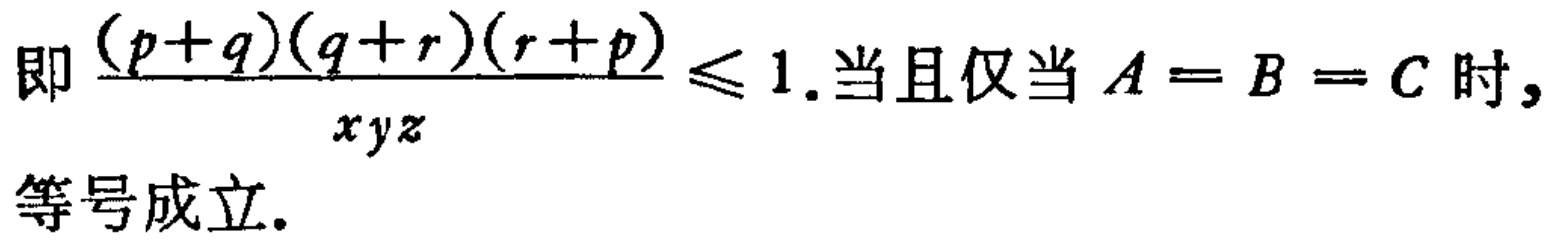
即\(\frac{(p + q)(q + r)(r + p)}{xyz} \leq 1\).当且仅当\(A = B = C\)时,等号成立.